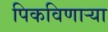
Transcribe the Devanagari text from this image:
पिकविणार्‍या